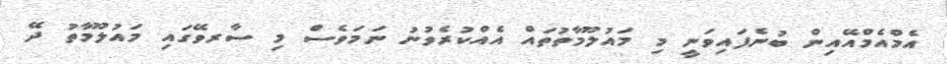
އެމްއެމްއޭއިން ބުނެފައިވަނީ މި މައުލޫމާތުތައް އެއްކުރެވުނު ނަމަވެސް މި ސާރވޭގައި މައުލޫމާތު ދޭ